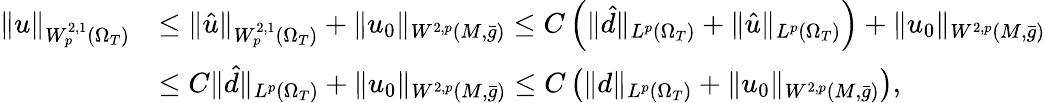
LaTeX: \begin{array}{rl}{\| u\| _{W_{p}^{2,1}(\Omega_{T})}}&{\le\| \hat{u}\| _{W_{p}^{2,1}(\Omega_{T})}+\| u_{0}\| _{W^{2,p}(M,\bar{g})}\le C\left(\| \hat{d}\| _{L^{p}(\Omega_{T})}+\| \hat{u}\| _{L^{p}(\Omega_{T})}\right)+\| u_{0}\| _{W^{2,p}(M,\bar{g})}}\\ &{\le C\| \hat{d}\| _{L^{p}(\Omega_{T})}+\| u_{0}\| _{W^{2,p}(M,\bar{g})}\le C\left(\| d\| _{L^{p}(\Omega_{T})}+\| u_{0}\| _{W^{2,p}(M,\bar{g})}\right),}\end{array}